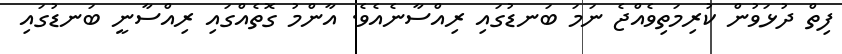
ފިތް ދުޅަވުން ކުރިމަތިވެއްޖެ ނަމަ ބަނޑުގައި ރިއްސާނެއެވެ. އާންމު ގޮތެއްގައި ރިއްސާނީ ބަނޑުގައި